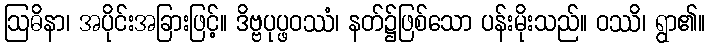
ဩဓိနာ၊ အပိုင်းအခြားဖြင့်။ ဒိဗ္ဗပုပ္ဖဝဿံ၊ နတ်၌ဖြစ်သော ပန်းမိုးသည်။ ဝဿိ၊ ရွာ၏။